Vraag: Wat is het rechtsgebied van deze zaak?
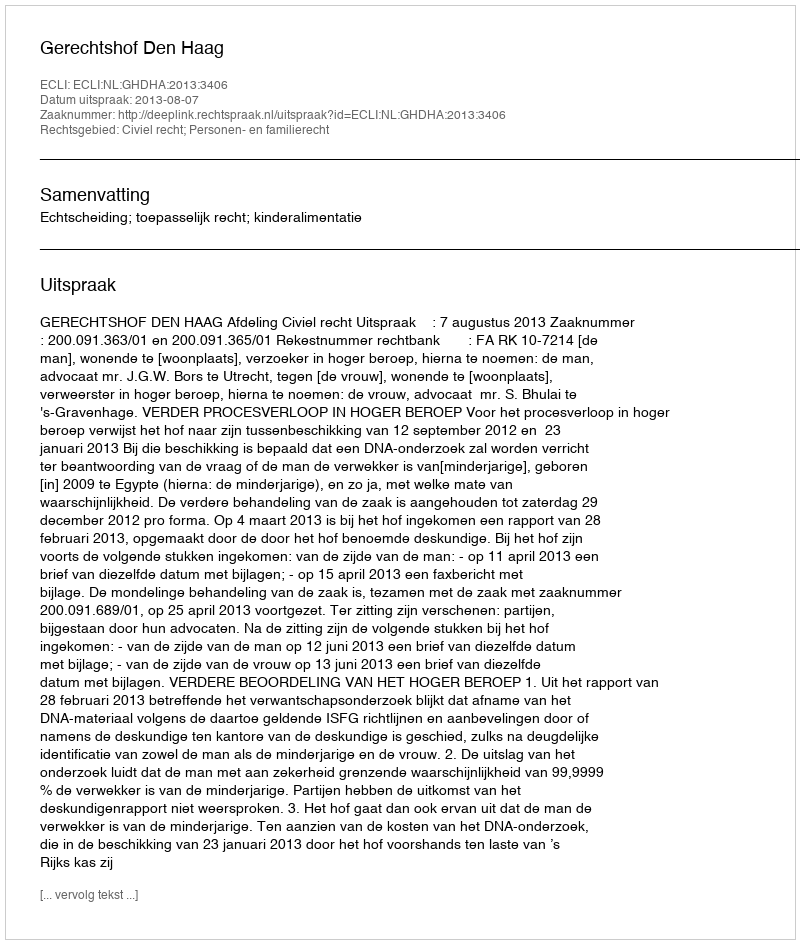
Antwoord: Civiel recht; Personen- en familierecht